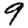
Digit: 9